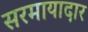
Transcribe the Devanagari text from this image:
सरमायादार